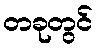
တခုတွင်